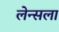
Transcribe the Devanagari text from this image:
लेन्सला